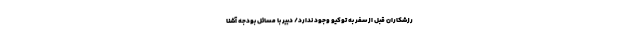
رزشکاران قبل از سفر به توکیو وجود ندارد/ دبیر با مسائل بودجه آشنا